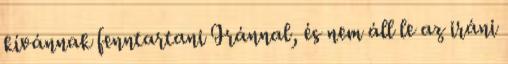
kívánnak fenntartani Iránnal, és nem áll le az iráni